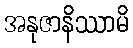
အနုဇာနိဿာမိ